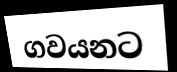
ගවයනට